Civil Veterinary Department. Madras. Admin. report 1926-33 - 1926-1933
Year: 1926
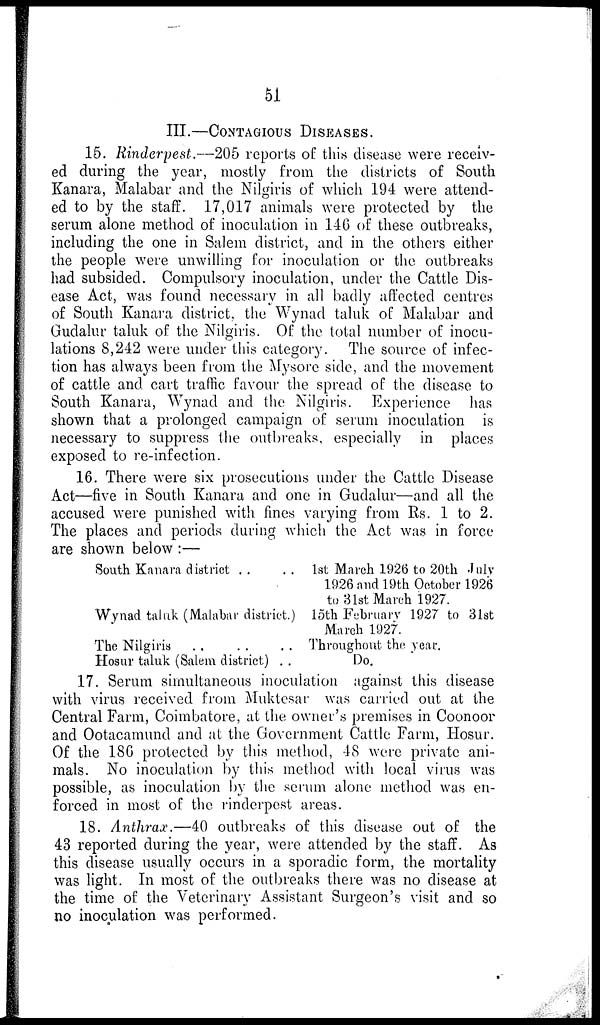
51
III.—CONTAGIOUS DISEASES.
15. Rinderpest.—205 reports of this disease were receiv-
ed during the year, mostly from the districts of South
Kanara, Malabar and the Nilgiris of which 194 were attend-
ed to by the staff. 17,017 animals were protected by the
serum alone method of inoculation in 146 of these outbreaks,
including the one in Salem district, and in the others either
the people were unwilling for inoculation or the outbreaks
had subsided. Compulsory inoculation, under the Cattle Dis-
ease Act, was found necessary in all badly affected centres
of South Kanara district, the Wynad taluk of Malabar and
Gudalur taluk of the Nilgiris. Of the total number of inocu-
lations 8,242 were under this category. The source of infec-
tion has always been from the Mysore side, and the movement
of cattle and cart traffic favour the spread of the disease to
South Kanara, Wynad and the Nilgiris. Experience has
shown that a prolonged campaign of serum inoculation is
necessary to suppress the outbreaks, especially in places
exposed to re-infection.
16. There were six prosecutions under the Cattle Disease
Act—five in South Kanara and one in Gudalur—and all the
accused were punished with fines varying from Rs. 1 to 2.
The places and periods during which the Act was in force
are shown below :—
South Kanara district .. ..
Wynad taluk (Malabar district.)
The Nilgiris .. .. .. ..
Hosur taluk (Salem district) ..
1st March 1926 to 20th July
1926 and 19th October 1926
to 31st March 1927.
15th February 1927 to 31st
March 1927.
Throughout the year.
Do.
17. Serum simultaneous inoculation against this disease
with virus received from Muktesar was carried out at the
Central Farm, Coimbatore, at the owner's premises in Coonoor
and Ootacamund and at the Government Cattle Farm, Hosur.
Of the 186 protected by this method, 48 were private ani-
mals. No inoculation by this method with local virus was
possible, as inoculation by the serum alone method was en-
forced in most of the rinderpest areas.
18. Anthrax.—40 outbreaks of this disease out of the
43 reported during the year, were attended by the staff. As
this disease usually occurs in a sporadic form, the mortality
was light. In most of the outbreaks there was no disease at
the time of the Veterinary Assistant Surgeon's visit and so
no inoculation was performed.